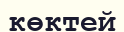
көктей